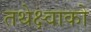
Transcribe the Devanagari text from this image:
तथेक्ष्वाको